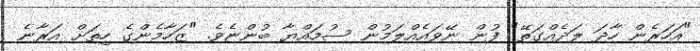
"އަހަރެން ހާދަ ލަދެއްގަތޭ" ފުން ނޭވައެއްލަމުން ސުމައްޔާ ބުންޏެވެ. "ޒަހާމެންގެ ހިތަށް އަރާނެ